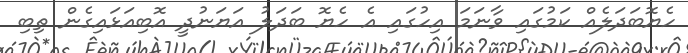
ހެޔޮބަދަލެއް ކަމުގައި ވާނަމަ އިހުގައި އެ ހެޔޮ ބަދަލު އަޔަނުދީ އޮބިއަޅައިގެން ތިބި